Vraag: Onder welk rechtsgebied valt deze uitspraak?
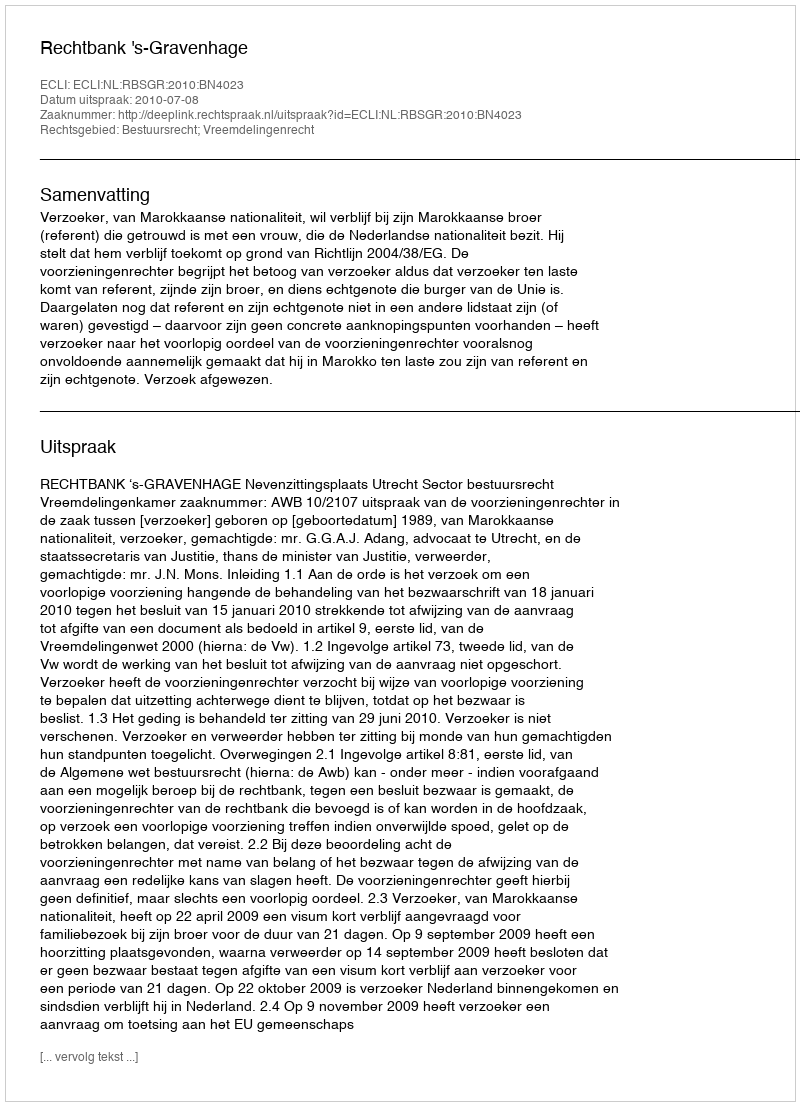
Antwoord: Bestuursrecht; Vreemdelingenrecht